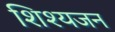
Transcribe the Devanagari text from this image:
शिश्यजन